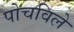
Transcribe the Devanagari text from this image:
पोचविले